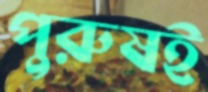
পুরুষই